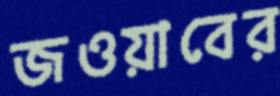
জওয়াবের